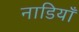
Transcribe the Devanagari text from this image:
नाडियाँ